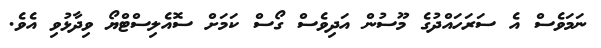
ނަމަވެސް އެ ސަރަހައްދުގެ މޫސުން އަދިވެސް ގޯސް ކަމަށް ސޮއެލިސްޓްޔޯ ވިދާޅުވި އެވެ.